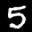
Label: 5